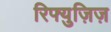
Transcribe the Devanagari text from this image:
रिफ्युज़िज़